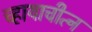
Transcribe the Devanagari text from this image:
च्हायाचीत्न